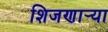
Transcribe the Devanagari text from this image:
शिजणार्‍या